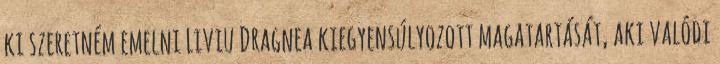
ki szeretném emelni Liviu Dragnea kiegyensúlyozott magatartását, aki valódi